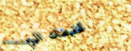
تخفيضات اليوم